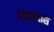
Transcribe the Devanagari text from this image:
रचावयास